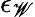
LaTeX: \epsilon_{\mathscr{W}}